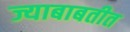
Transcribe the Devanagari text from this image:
ज्याबाबतीत